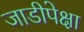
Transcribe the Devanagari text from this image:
जाडीपेक्षा